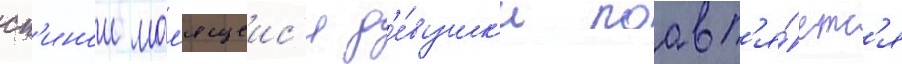
сп'инои мол'ящеис'я д'е́вушк'и поавл'я́етс'я